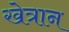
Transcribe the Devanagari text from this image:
खेत्रान